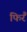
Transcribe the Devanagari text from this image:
फिरैं